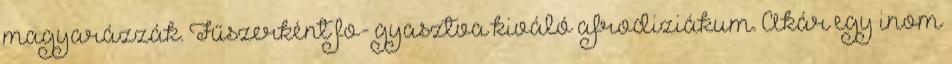
magyarázzák. Fűszerként fo- gyasztva kiváló afrodiziákum. Akár egy inom